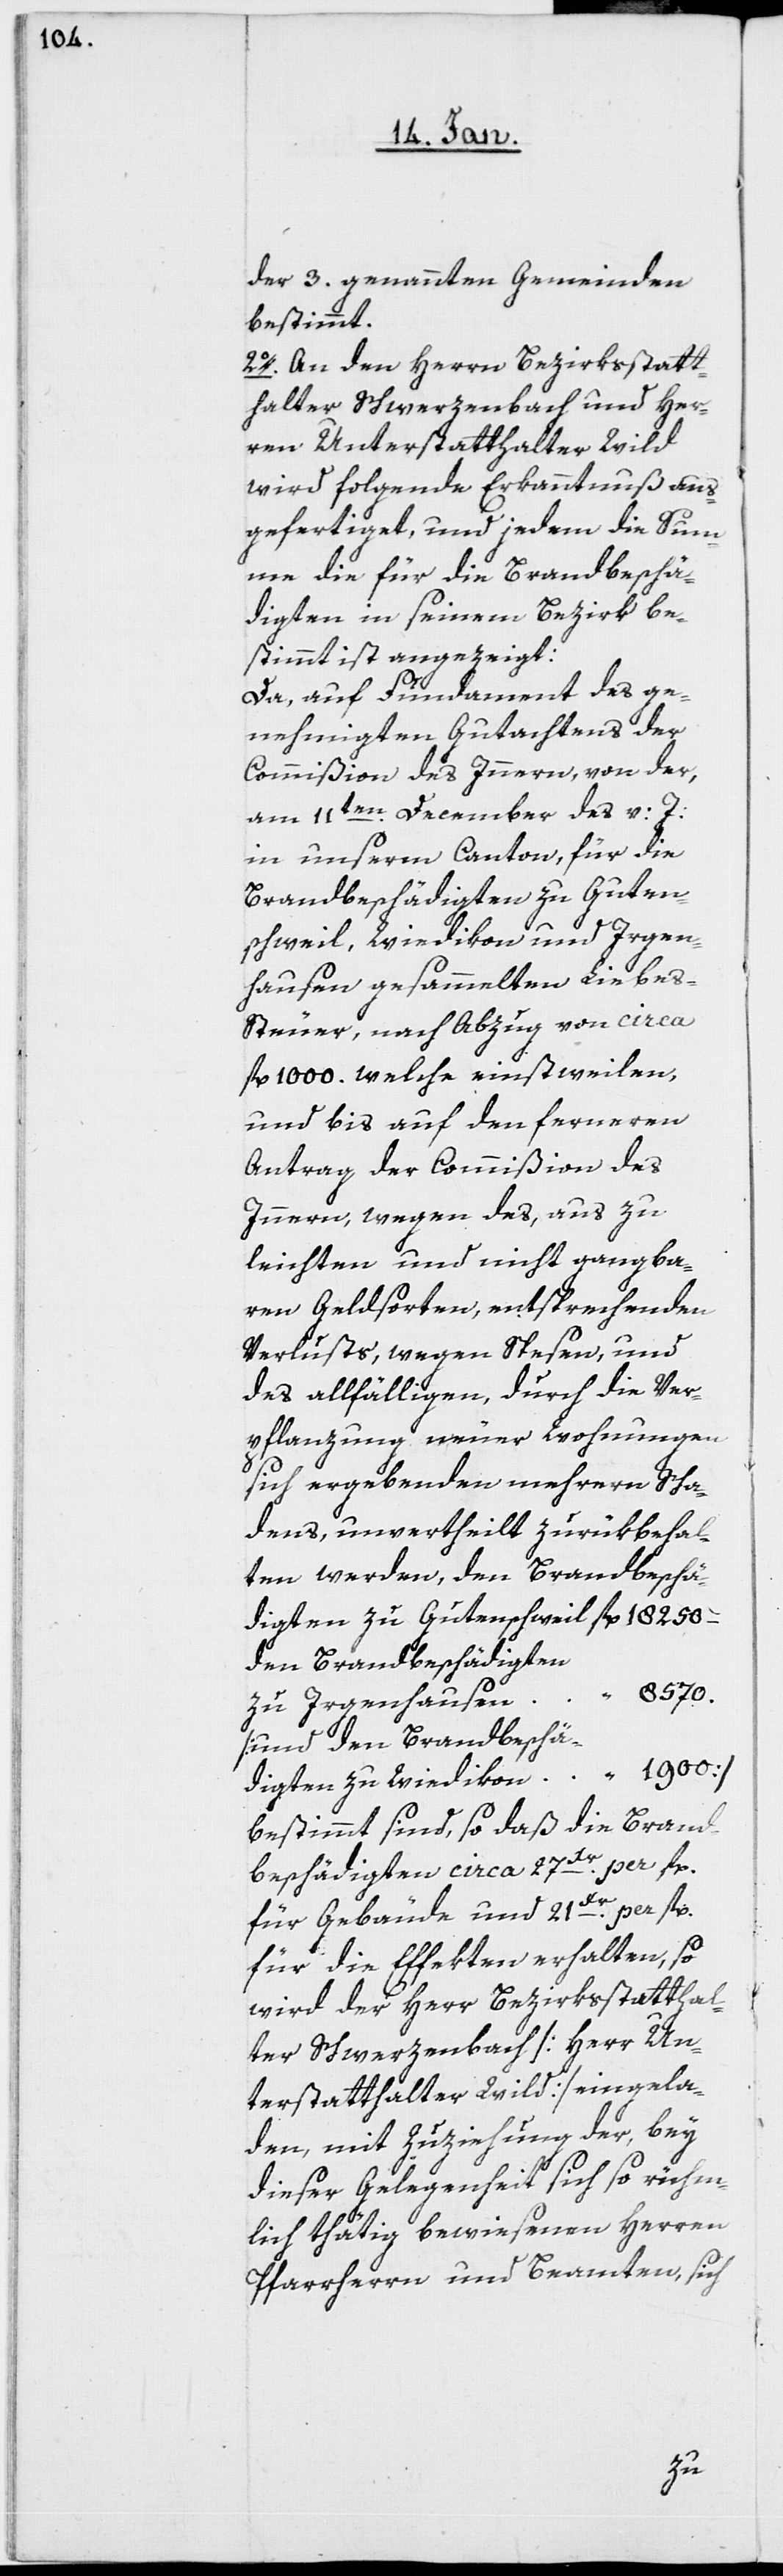
der 3. genannten Gemeinden
bestimmt.
2o. An den Herrn Bezirksstatt¬
halter Schwerzenbach und Her¬
ren Unterstatthalter Wild
wird folgende Erkanntnuß aus¬
gefertiget, und jedem die Sum¬
me die für die Brandbeschä¬
digten in seinem Bezirk be¬
stimmt ist angezeigt:
Da, auf Fundament des ge¬
nehmigten Gutachtens der
Commißion des Innern, von der,
am 11ten. December des v: J:
in unserm Canton, für die
Brandbeschädigten zu Guten¬
schweil, Wiedikon und Irgen¬
hausen gesammelten Liebe¬
s-Steuer, nach Abzug von circa
fl. 1000. welche einstweilen,
und bis auf den ferneren
Antrag der Commißion des
Innern, wegen des, aus zu
leichten und nicht gangba¬
ren Geldsorten, entsprechenden
Verlusts, wegen Spesen, und
des allfälligen, durch die Ver¬
pflanzung neuer Wohnungen
sich ergebenden mehrern Scha¬
dens, unvertheilt zurükbehal¬
digten zu Gutenschweil fl. 18250
den Brandbeschädigten
“ 8570.
zu Irgenhausen
[und den Brandbeschä¬
digten zu Wiedikon “ 1900]
bestimmt sind, so daß die Brand¬
beschädigten circa 27 Xr. per fl.
für Gebäude und 21 Xr. per fl.
für die Effekten erhalten, so
wird der Herr Bezirksstatthal¬
ter Schwerzenbach [Herr Un¬
terstatthalter Wild] eingela¬
den, mit Zuziehung der, bey
dieser Gelegenheit sich so rühm¬
lich thätig bewiesenen Herren
Pfarrherrn und Beamten, sich
ten